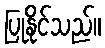
ပြုနိုင်သည်။